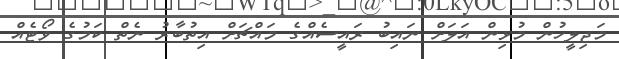
މަޖިލީހުން މުޅިން އަލަށް ނައިބު ރައީސެއްގެ މައްޗަށް އިތުބާރު ނެތް ކަމުގެ ވޯޓެއް